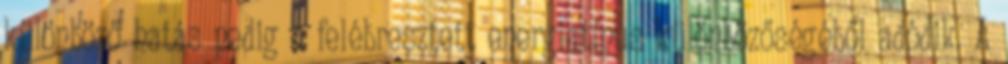
különböző hatás pedig a felébresztett energiatípus különbözőségéből adódik. A